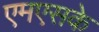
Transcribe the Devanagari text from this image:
एमएसके